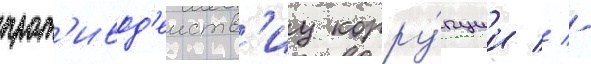
прот'ивод'еиств'иу корру́пции // -